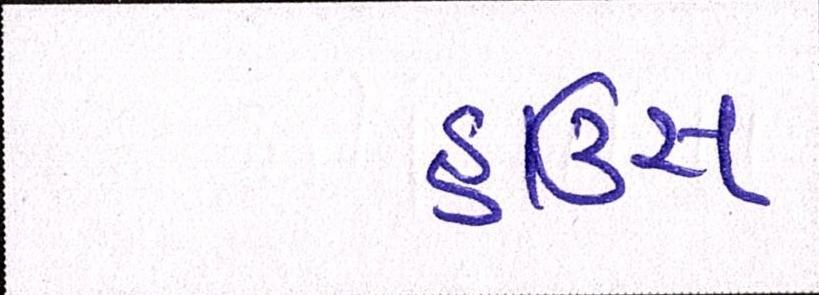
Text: હાઉસ